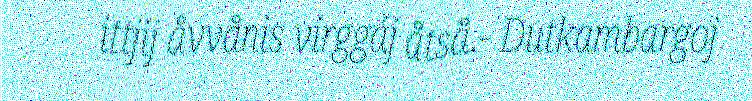
ittjij åvvånis virggáj åtså.- Dutkambargoj